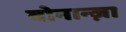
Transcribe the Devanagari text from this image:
बोनान्ज़ा